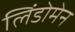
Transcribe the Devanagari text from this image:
लिंडोमेन